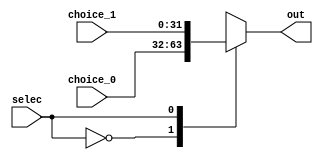
`timescale 1ns / 1ps
//////////////////////////////////////////////////////////////////////////////////
// Company: NJU_CS_COD_2013
// 
// Design Name: mono_cpu_mips
// Module Name: selector
// Project Name: mono_cpu_mips
// Target Devices: xxx
// Tool Versions: xxx
// Description: 
// serve as a 2-1 selector in mono cpu based on mips instruction
// Dependencies: none
// 
// Revision:
// Revision 0.01 - File Created
// Additional Comments:
// 
//////////////////////////////////////////////////////////////////////////////////


module selector21_32(
	input [31:0] choice_0 , choice_1,
	input selec,
	output reg [31:0] out
);

	always@(*)
	begin
		case(selec)
			1'b0: out = choice_0;
			1'b1: out = choice_1;
		endcase
	end
endmodule